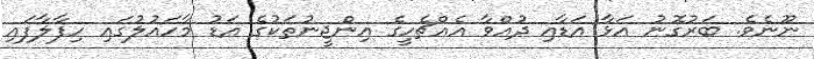
ނޫނެވެ. ބަރުގޮނު އަޅާ އަޑާއި ދުއްވާ އެއްޗެހީގެ އިންޖީނުތަކުގެ އަޑު މާހައުލުގައި ހިފާލާފައި